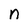
Character: n